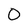
Character: O